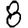
Digit: 8